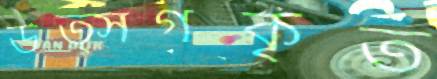
উত্সর্গকৃত